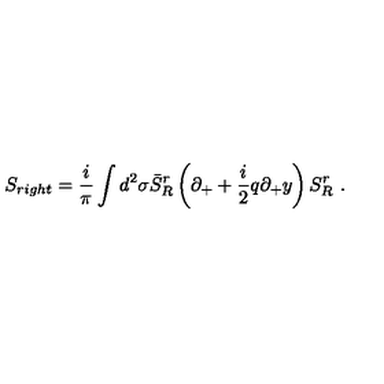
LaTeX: S _ { r i g h t } = \frac i \pi \int d ^ { 2 } \sigma \bar { S } _ { R } ^ { r } \left( \partial _ { + } + \frac i 2 q \partial _ { + } y \right) S _ { R } ^ { r } \ .